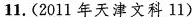
11.(2011年天津文科11)